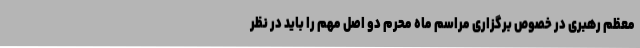
معظم رهبری در خصوص برگزاری مراسم ماه محرم دو اصل مهم را باید در نظر